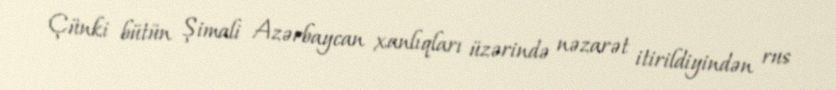
Çünki bütün Şimali Azərbaycan xanlıqları üzərində nəzarət itirildiyindən rus